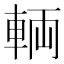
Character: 輌